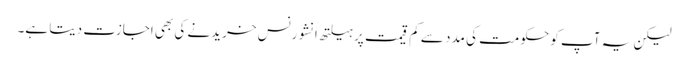
لیکن یہ آپ کو حکومت کی مدد سے کم قیمت پر ہیلتھ انشورنس خریدنے کی بھی اجازت دیتا ہے۔